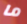
ما